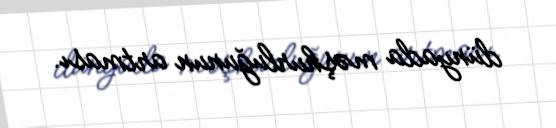
dünyada məşhurluğunun artması.